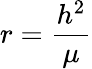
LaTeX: r={\frac{h^{2}}{\mu}}